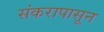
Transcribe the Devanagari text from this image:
संकरापासून